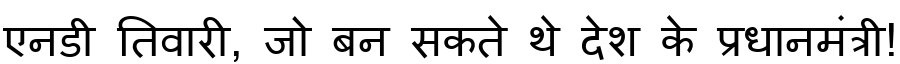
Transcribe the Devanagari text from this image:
एनडी तिवारी, जो बन सकते थे देश के प्रधानमंत्री!